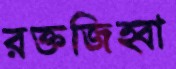
রক্তজিহ্বা